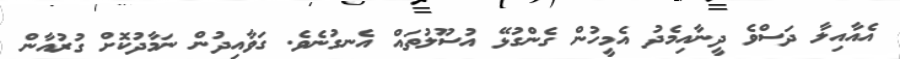
އެއާއިލާ ދަސްވެ ދީނާއިމެދު އެމީހުން ގެންގުޅޭ އުސޫލުތައް އެނގުނެވެ. ގަވާއިދުން ނަމާދުކޮށް ގުރުއާން